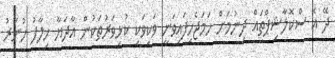
ދޭ އެ ސްކޮލާޝިޕްތައް ދިނުމަށް ހަމަޖެހިފައިވަނީ ވަކިވަކި ކުޅިވަރުތަކުން އާދަޔާ ޚިލާފު ހުނަރު